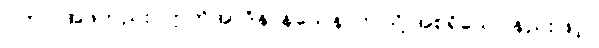
ပိတာ၊ အဖတည်း။ ဣတိအာဒိနာနယေန၊ ဤသို့ အစရှိသော နည်းဖြင့်။